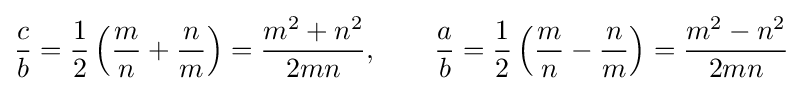
{\frac {c}{b}}={\frac {1}{2}}\left({\frac {m}{n}}+{\frac {n}{m}}\right)={\frac {m^{2}+n^{2}}{2mn}},\quad \quad {\frac {a}{b}}={\frac {1}{2}}\left({\frac {m}{n}}-{\frac {n}{m}}\right)={\frac {m^{2}-n^{2}}{2mn}}